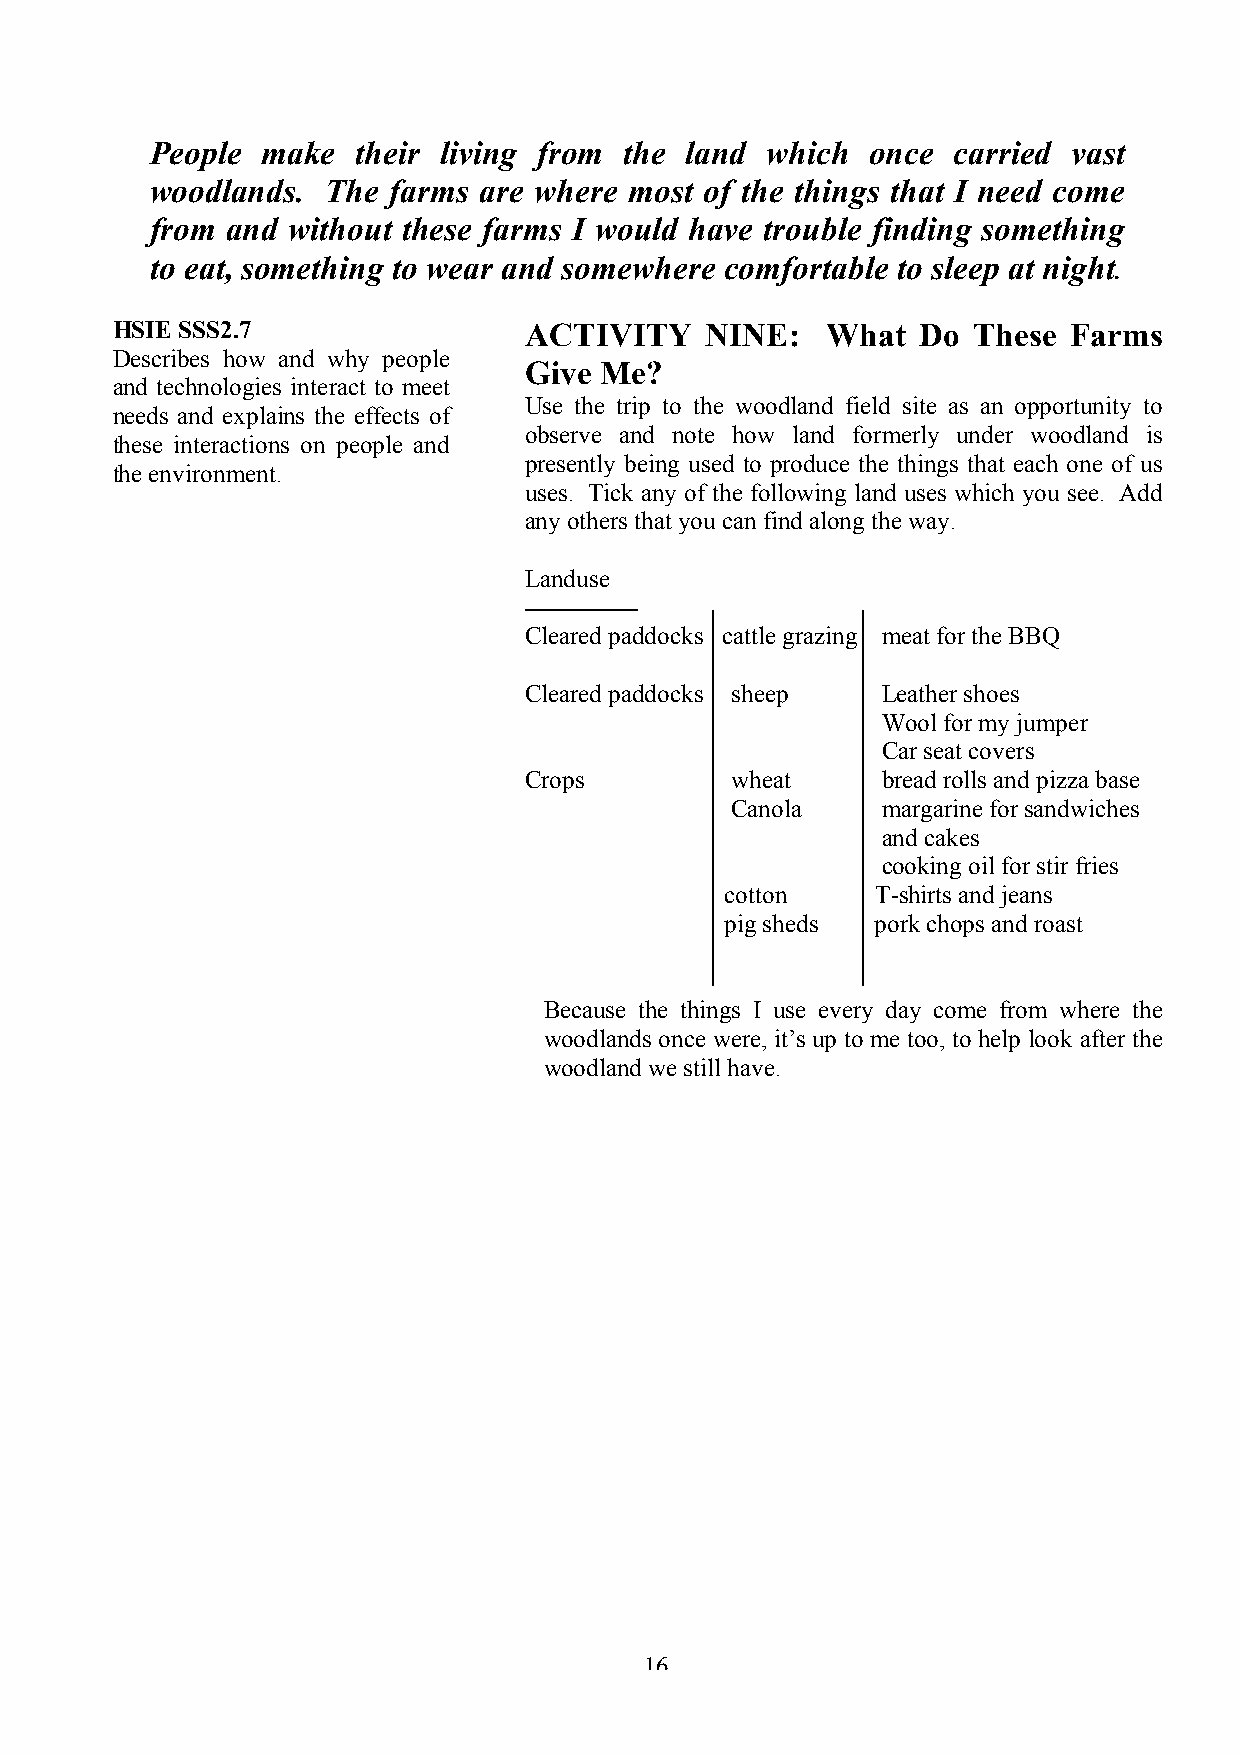
People make   their living from the land which  once carried vast
 woodlands.  The farms are where most of the things that I need come
 from and without these farms I would have trouble finding something
 to eat, something to wear and somewhere comfortable to sleep at night
 .
 HSIE SSS2.7                 ACTIVITY    NINE:   What  Do These  Farms
 Describes how and why people
 Give Me?
 and technologies interact to meet
 Use the trip to the woodland field site as an opportunity to
 needs and explains the effects of
 observe and note how land formerly under woodland is
 these interactions on people and
 presently being used to produce the things that each one of us
 the environment.
 uses. Tick any of the following land uses which you see. Add
 any others that you can find along the way.
 Landuse
 Cleared paddocks cattle grazing meat for the BBQ
 Cleared paddocks sheep Leather shoes
 Wool for my jumper
 Car seat covers
 Crops        wheat     bread rolls and pizza base
 Canola    margarine for sandwiches
 and cakes
 cooking oil for stir fries
 cotton    T-shirts and jeans
 pig sheds pork chops and roast
 Because the things I use every day come from where the
 woodlands once were, it’s up to me too, to help look after the
 woodland we still have.
 16